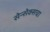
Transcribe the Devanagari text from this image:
सेन्सेक्सचा